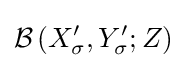
{\mathcal {B}}\left(X_{\sigma }^{\prime },Y_{\sigma }^{\prime };Z\right)